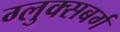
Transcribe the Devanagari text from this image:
ग्लुक्सबर्ग